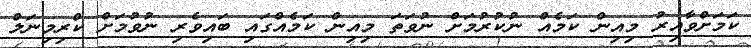
ކަމަށްވާއިރު މިއިން ކަމެއް ނުކުރުމަށް ނުވަތަ މިއިން ކަމެއްގައި ބައިވެރި ނުވުމަށް ކްރިމިނަލް